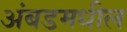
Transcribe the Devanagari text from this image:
अंबडमधील